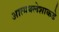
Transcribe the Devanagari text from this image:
आत्मक्लेशाकडे